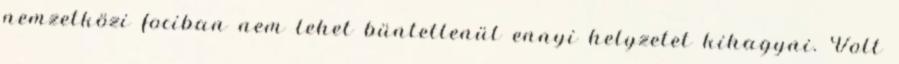
nemzetközi fociban nem lehet büntetlenül ennyi helyzetet kihagyni. Volt